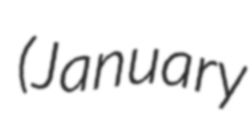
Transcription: (January